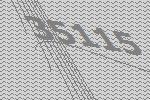
35115